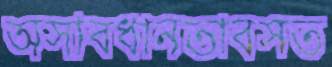
অসাবধানতাবসত